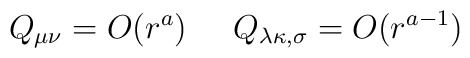
Q_{\mu\nu} =O( r^{a}) \; \; \; \; \; Q_{\lambda \kappa , \sigma} =O( r^{a-1})